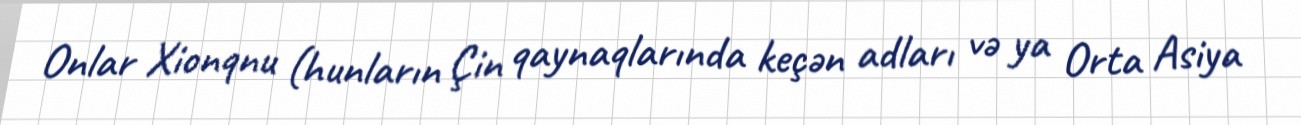
Onlar Xionqnu (hunların Çin qaynaqlarında keçən adları və ya Orta Asiya